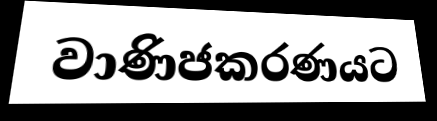
වාණිජකරණයට